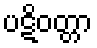
ပဋိဝတ္တာ